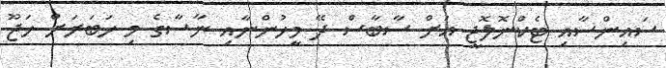
ސައިންސާއި ޓެކްނޮލޮޖީ އަށް ސާބާސް ދޭ މީހުންނާއި ނާސާގެ މި ހަބަރަށް ހަޖޫ